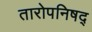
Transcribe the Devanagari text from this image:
तारोपनिषद्